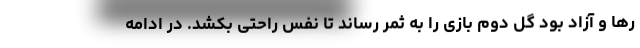
رها و آزاد بود گل دوم بازی را به ثمر رساند تا نفس راحتی بکشد. در ادامه